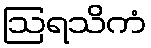
ဩရသိကံ